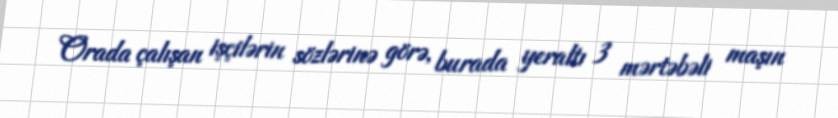
Orada çalışan işçilərin sözlərinə görə, burada yeraltı 3 mərtəbəli maşın